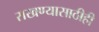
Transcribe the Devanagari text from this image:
राखण्यासाठीही